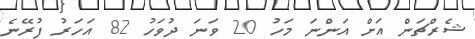
ޝެރްޗަން އަށް އަންނަ މަހު 20 ވަނަ ދުވަހު 82 އަހަރު ފުރޭނެ